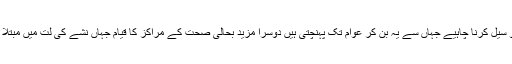
ایک طرف ان راستوں کو سیل کرنا چاہیے جہاں سے یہ بن کر عوام تک پہنچتی ہیں دوسرا مزید بحالی صحت کے مراکز کا قیام جہاں نشے کی لت میں مبتلا افراد کا علاج کیا جائے۔